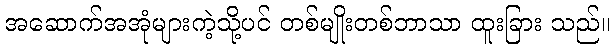
အဆောက်အအုံများကဲ့သို့ပင် တစ်မျိုးတစ်ဘာသာ ထူးခြား သည်။